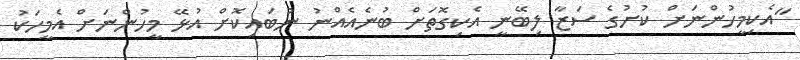
"އެކިމީހުންނަށް ކުށުގެ ސަޒާ ލިބޭނީ އެކިގޮތަށް ބުނެއެއްނު ނުބައިކޮށް އުޅޭ މީހުންނަށް އެމީހަކު